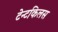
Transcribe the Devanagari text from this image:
टेन्टकिलस